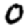
Digit: 0